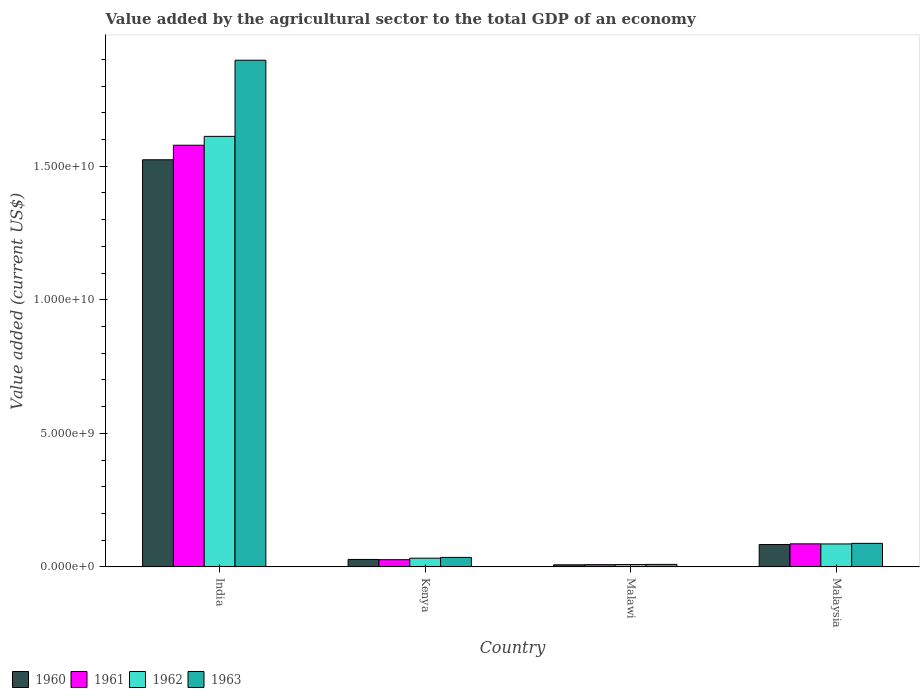
| Country | 1960 | 1961 | 1962 | 1963 |
 | --- | --- | --- | --- | --- |
 | India | 1.52e+10 | 1.58e+10 | 1.61e+10 | 1.9e+10 |
 | Kenya | 2.8e+08 | 2.7e+08 | 3.26e+08 | 3.56e+08 |
 | Malawi | 7.88e+07 | 8.48e+07 | 8.9e+07 | 9.39e+07 |
 | Malaysia | 8.38e+08 | 8.63e+08 | 8.6e+08 | 8.82e+08 |